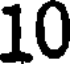
10